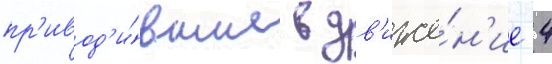
пр'ивод'и́вшие в дв'иже́н'ие 4